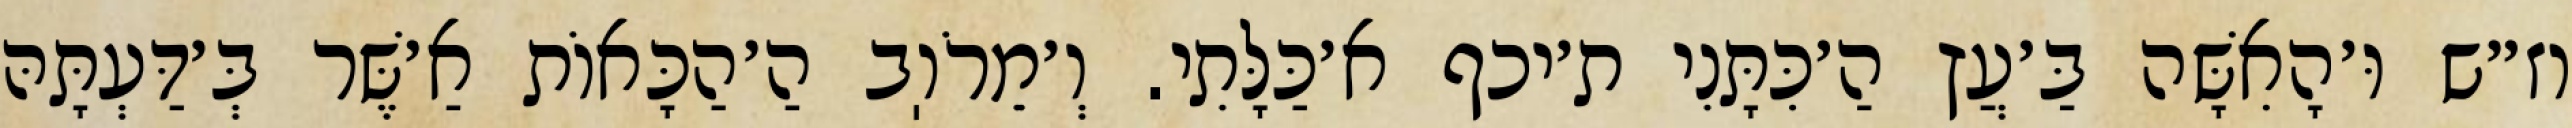
וז״ש וּ׳הָאִשָּׁה בַּ׳עֲץ הַ׳כִּתָּנִי ת׳יכף א׳כַּלָּתִי. וְ׳מֵרֹוֽב הַ׳הַכָּאוֹת אַ׳שֶּׁר בְּ׳דַּעְתָּהּ